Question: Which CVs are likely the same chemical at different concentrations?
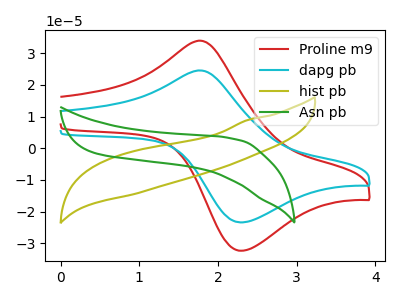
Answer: <think>The red curve "Proline m9" has an anodic peak at (1.80V, 33.95uA) and a cathodic peak at (2.30V, -32.35uA). The cyan curve "dapg pb" has an anodic peak at (1.80V, 24.55uA) and a cathodic peak at (2.30V, -23.40uA). The olive curve "hist pb" has no peaks. The green curve "Asn pb" has no peaks.
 All the peaks in "Proline m9" have a peak in "dapg pb" at the same potential. Every peak in "Proline m9" is higher than every peak in "dapg pb". "Proline m9" and "hist pb" have a different number of peaks. "Proline m9" and "Asn pb" have a different number of peaks. "dapg pb" and "hist pb" have a different number of peaks. "dapg pb" and "Asn pb" have a different number of peaks. Neither "hist pb" or "Asn pb" have any peaks.</think>
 <answer>"dapg pb" and "Proline m9" have the same shape and are likely CV's of the same chemical.</answer>
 <eval>"dapg pb" "Proline m9"</eval>